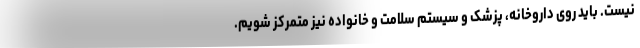
نیست. باید روی داروخانه، پزشک و سیستم سلامت و خانواده نیز متمرکز شویم.